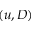
( u , D )